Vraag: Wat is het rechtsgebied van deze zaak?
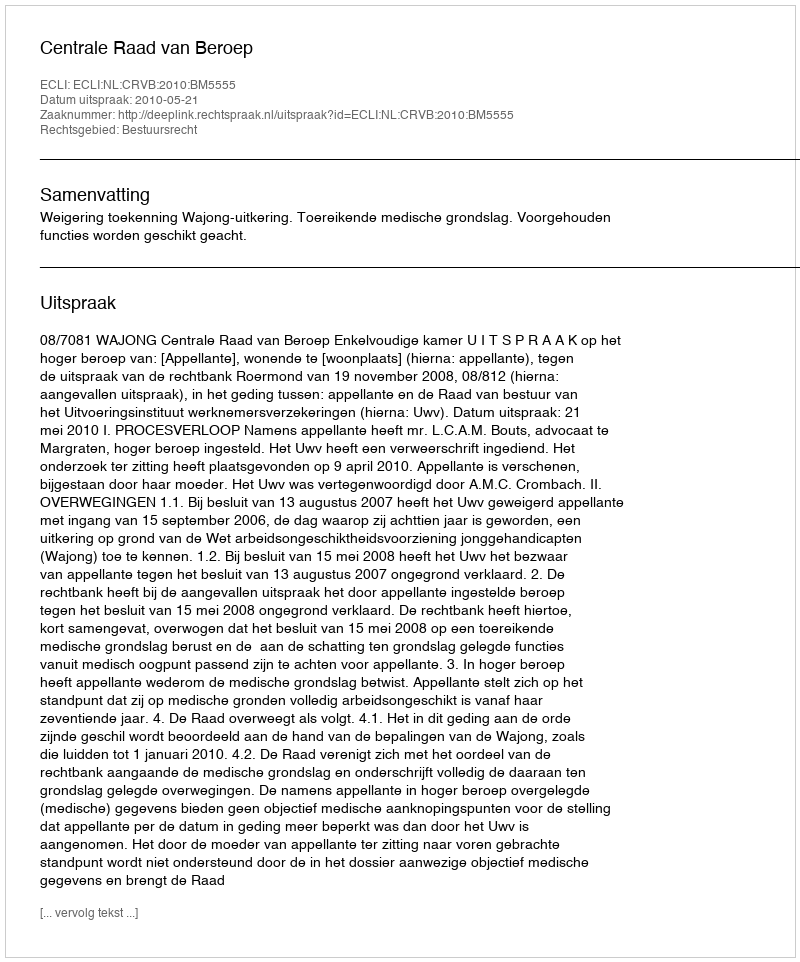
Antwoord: Bestuursrecht